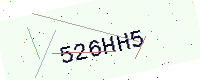
Text: 526HH5